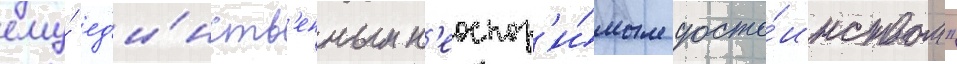
ему́ ед'и́нств'енным н'еоспор'и́мым досто́инством"